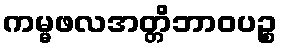
ကမ္မဖလအတ္တိဘာဝပဉ္စ